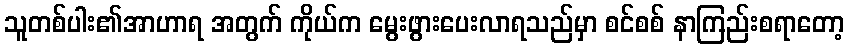
သူတစ်ပါး၏အာဟာရ အတွက် ကိုယ်က မွေးဖွားပေးလာရသည်မှာ စင်စစ် နာကြည်းစရာတော့